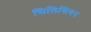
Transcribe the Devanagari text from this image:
सिलिसियन